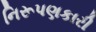
નિરૂપણકારી